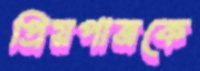
প্রিয়পাত্রকে